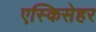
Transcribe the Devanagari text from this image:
एस्किसेहर